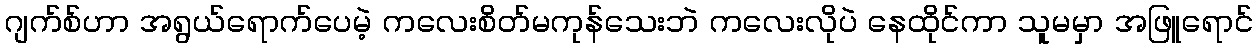
ဂျက်စ်ဟာ အရွယ်ရောက်ပေမဲ့ ကလေးစိတ်မကုန်သေးဘဲ ကလေးလိုပဲ နေထိုင်ကာ သူမမှာ အဖြူရောင်